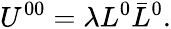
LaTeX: U^{00}=\lambda L^{0}\bar{L}^{0}.